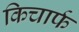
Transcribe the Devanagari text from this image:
किचार्फ